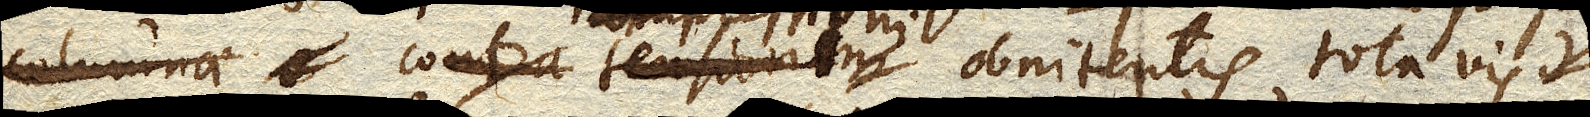
columnae contra tensionem tensioni obnitentis tota vis